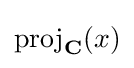
{\rm {proj}}_{\bf {C}}(x)